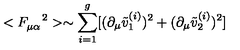
< F _ { \mu \alpha } ^ { \quad 2 } > \sim \sum _ { i = 1 } ^ { g } [ ( \partial _ { \mu } \tilde { v } _ { 1 } ^ { ( i ) } ) ^ { 2 } + ( \partial _ { \mu } \tilde { v } _ { 2 } ^ { ( i ) } ) ^ { 2 } ]